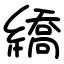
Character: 繑